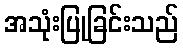
အသုံးပြုခြင်းသည်